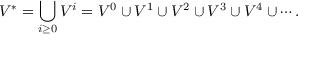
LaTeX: V ^ { * } = \bigcup _ { i \geq 0 } V ^ { i } = V ^ { 0 } \cup V ^ { 1 } \cup V ^ { 2 } \cup V ^ { 3 } \cup V ^ { 4 } \cup \cdots .